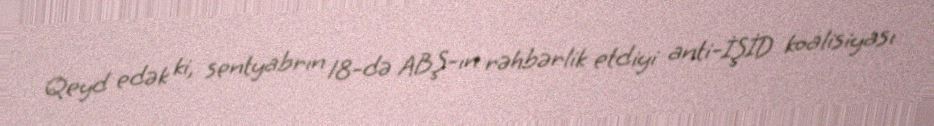
Qeyd edək ki, sentyabrın 18-də ABŞ-ın rəhbərlik etdiyi anti-İŞİD koalisiyası